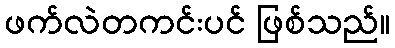
ဖက်လဲတကင်းပင် ဖြစ်သည်။